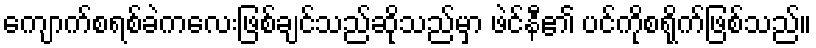
ကျောက်စရစ်ခဲကလေးဖြစ်ချင်သည်ဆိုသည်မှာ ဖဲင်နီ၏ ပင်ကိုစရိုက်ဖြစ်သည်။